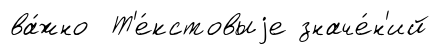
ва́жно Т'е́кстовыjе значе́н'ий